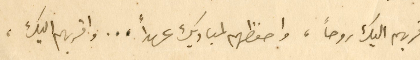
اقربهم اليك روحاً، واحفظهم لمباديك عهداً ... واقربهم اليك،